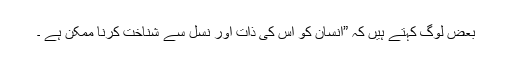
بعض لوگ کہتے ہیں کہ ”انسان کو اس کی ذات اور نسل سے شناخت کرنا ممکن ہے ۔